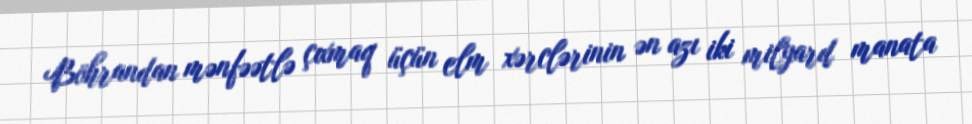
Böhrandan mənfəətlə çıxmaq üçün elm xərclərinin ən azı iki milyard manata